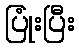
ပြုံးပြီး